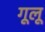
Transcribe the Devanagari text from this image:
गूलू